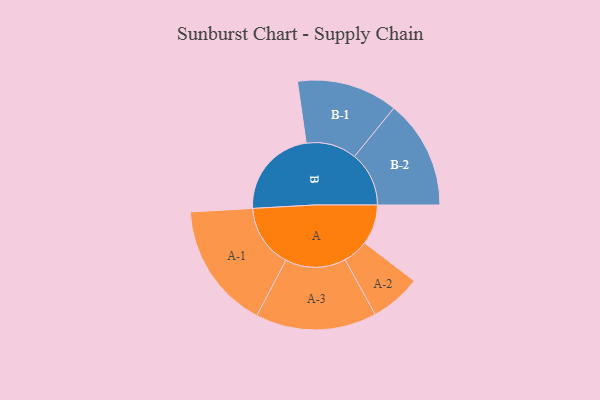
{"axis": {"x": "Segment", "y": "Value"}, "legend": ["", "A", "B"], "data": [{"x": "A", "y": 164, "type": ""}, {"x": "B", "y": 373, "type": ""}, {"x": "A-1", "y": 259, "type": "A"}, {"x": "A-2", "y": 104, "type": "A"}, {"x": "A-3", "y": 248, "type": "A"}, {"x": "B-1", "y": 207, "type": "B"}, {"x": "B-2", "y": 223, "type": "B"}]}